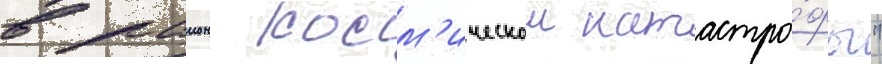
в раион косм'ическои катастро́фы"